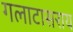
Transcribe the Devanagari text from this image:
गलाटासराय